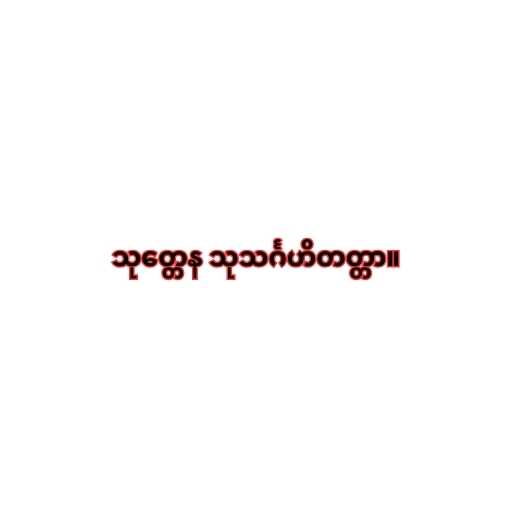
သုတ္တေန သုသင်္ဂဟိတတ္တာ။